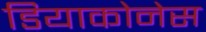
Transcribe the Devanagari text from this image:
डियाकोनेस